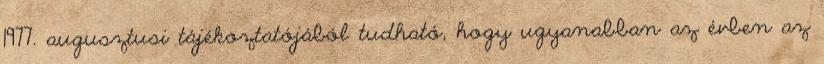
1977. augusztusi tájékoztatójából tudható, hogy ugyanabban az évben az